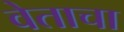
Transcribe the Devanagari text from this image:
वेताचा